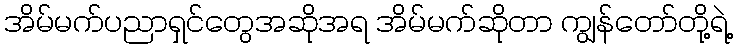
အိမ်မက်ပညာရှင်တွေအဆိုအရ အိမ်မက်ဆိုတာ ကျွန်တော်တို့ရဲ့